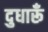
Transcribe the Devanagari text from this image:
दुधारूँ